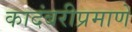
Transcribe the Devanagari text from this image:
कादंबरीप्रमाणे